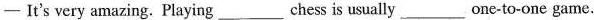
- It's very amazing. Playing___chess is usually ___one-to-one game.